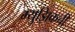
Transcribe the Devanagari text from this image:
म्युझिकची